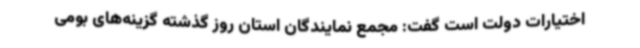
اختیارات دولت است گفت: مجمع نمایندگان استان روز گذشته گزینه‌های بومی